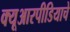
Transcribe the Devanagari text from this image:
क्यूआरपीडियाचे